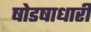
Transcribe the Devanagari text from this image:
षोडषाधारी